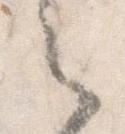
之